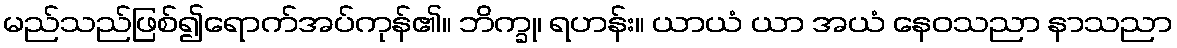
မည်သည်ဖြစ်၍ရောက်အပ်ကုန်၏။ ဘိက္ခု၊ ရဟန်း။ ယာယံ ယာ အယံ နေဝသညာ နာသညာ